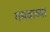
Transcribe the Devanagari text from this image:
गमवाव्या